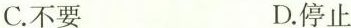
C.不要 D.停止